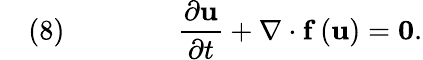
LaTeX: \quad(8)\qquad\qquad{\frac{\partial{\mathbf{u}}}{\partial t}}+\nabla\cdot{\mathbf{f}}\left({\mathbf{u}}\right)={\mathbf{0}}.